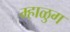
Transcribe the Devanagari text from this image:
म्हाळुग